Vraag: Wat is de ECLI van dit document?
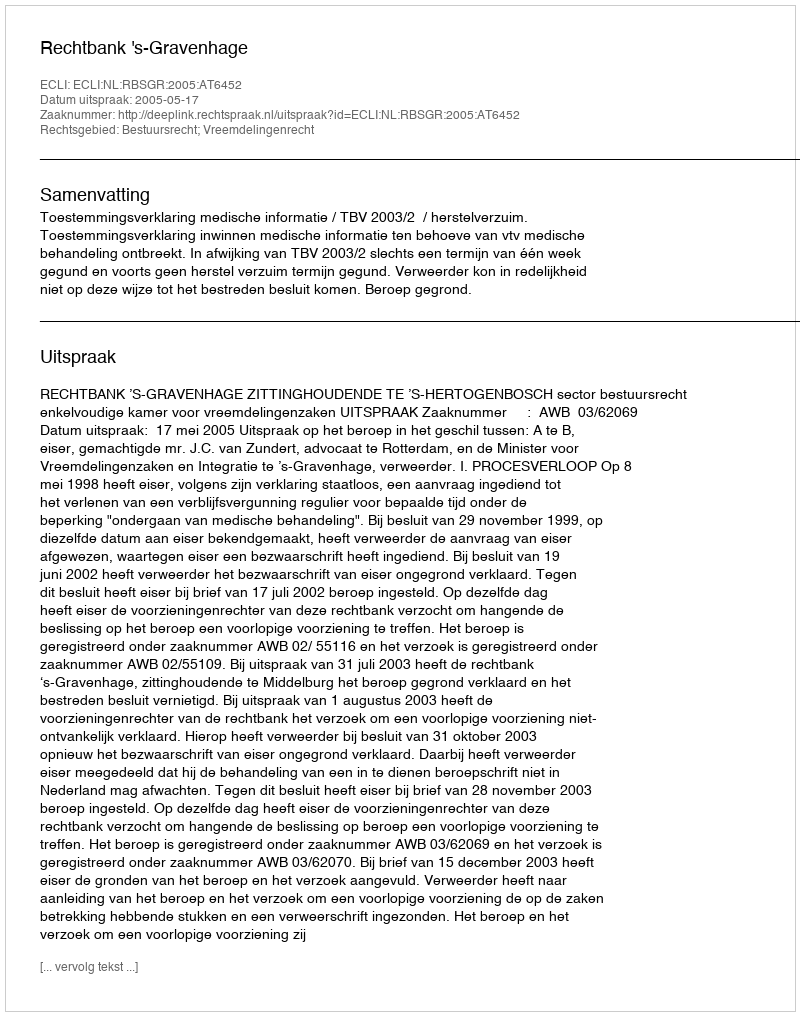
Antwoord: ECLI:NL:RBSGR:2005:AT6452